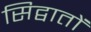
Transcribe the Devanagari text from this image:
सिद्वातों